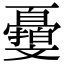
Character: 𣁨